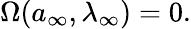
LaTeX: \begin{array}{r}{\Omega({a}_{\infty},\lambda_{\infty})=0.}\end{array}